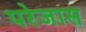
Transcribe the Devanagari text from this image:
परेजास